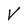
Character: V